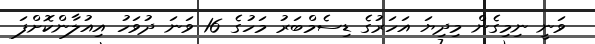
ވަނީ ނިމިގެން މިދިޔަ އަހަރުގެ ޑިސެމްބަރު މަހުގެ 16 ވަނަ ދުވަހު އިއުލާންކޮށްފަ